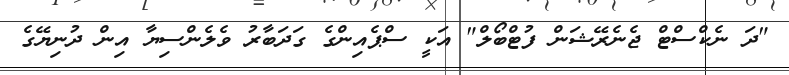
"ދަ ނެކްސްޓް ޖެނެރޭޝަން ފުޓްބޯލް" އަކީ ސްޕެއިންގެ ގަދަބާރު ވެލެންސިޔާ އިން ދުނިޔޭގެ